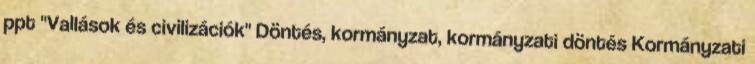
ppt "Vallások és civilizációk" Döntés, kormányzat, kormányzati döntés Kormányzati